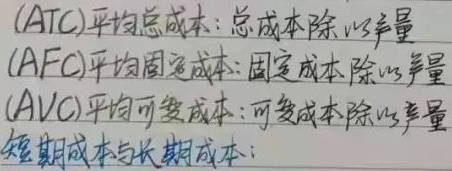
(ATC)平均总成本：总成本除以产量
(AFC)平均固定成本：固定成本除以产量
(AVC)平均可变成本：可变成本除以产量
短期成本与长期成本：